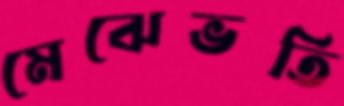
মেঝেভর্তি